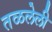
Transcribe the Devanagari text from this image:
तळलेली